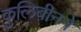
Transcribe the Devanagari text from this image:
कुलिबीनने